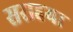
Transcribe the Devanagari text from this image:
सराहया